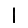
Digit: 1